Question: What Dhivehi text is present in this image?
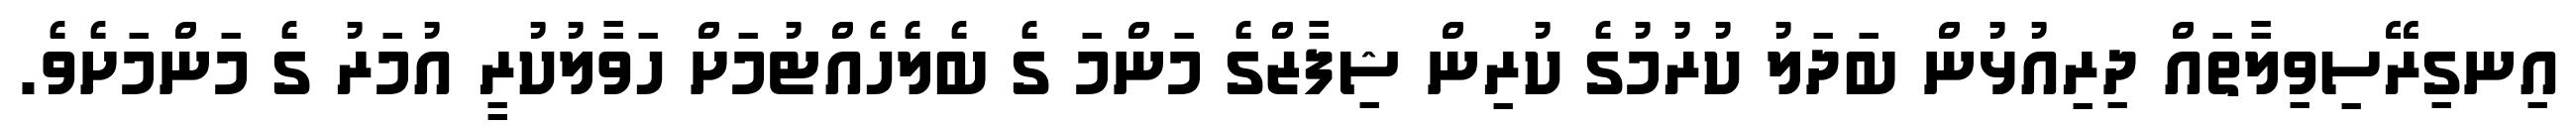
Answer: އިނގިރޭސިވިލާތައް ދިރިއުޅުން ބަދަލު ކުރުމުގެ ކުރިން ޝިފާޒްގެ މަންމަ ގެ ބެލެހެއްޓުމަށް ހަވާލުކުރީ އުމަރު ގެ މަންމަށެވެ.